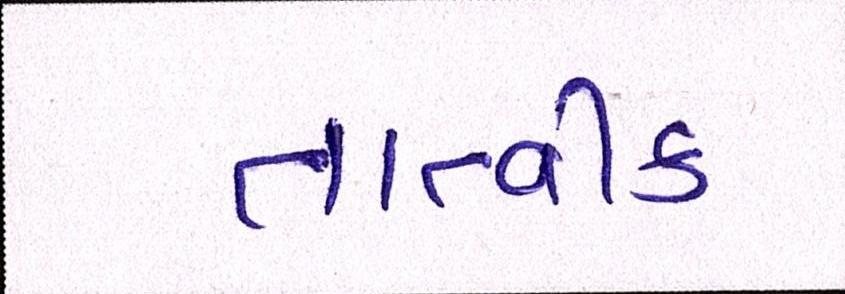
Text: તાત્વીક